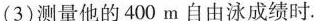
(3)测量他的400m自由泳成绩时。